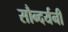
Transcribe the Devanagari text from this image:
सौन्दर्यनी